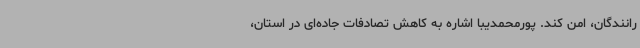
رانندگان، امن کند. پورمحمدیبا اشاره به کاهش تصادفات جاده‌ای در استان،